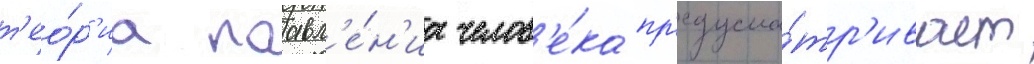
т'ео́р'иа поавл'е́н'иа челов'е́ка пр'едусма́тр'ивает